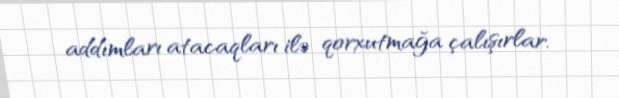
addımları atacaqları ilə qorxutmağa çalışırlar.